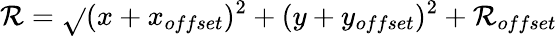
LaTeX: \mathcal{R}=\sqrt{}{{(x+x_{offset})^{2}+(y+y_{offset})^{2}}}+\mathcal{R}_{offset}